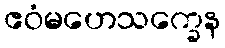
ဧဝံမဟေသက္ခေန